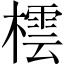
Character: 橒